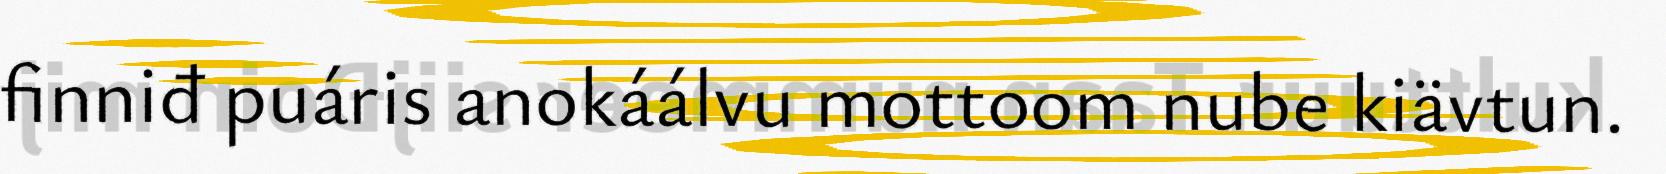
finniđ puáris anokáálvu mottoom nube kiävtun.